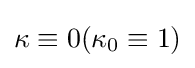
\kappa \equiv 0(\kappa _{0}\equiv 1)